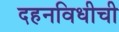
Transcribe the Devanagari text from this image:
दहनविधीची